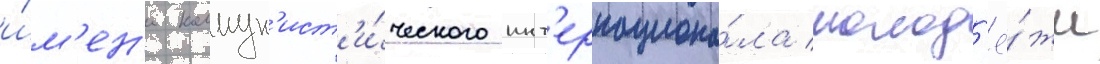
и́м'ен'и коммун'ист'и́ческого инт'ернациона́ла молод'ё́жи